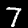
Digit: 7